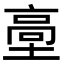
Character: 㙜